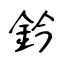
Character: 鈐